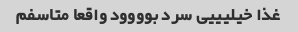
غذا خیلیییی سرد بوووود واقعا متاسفم